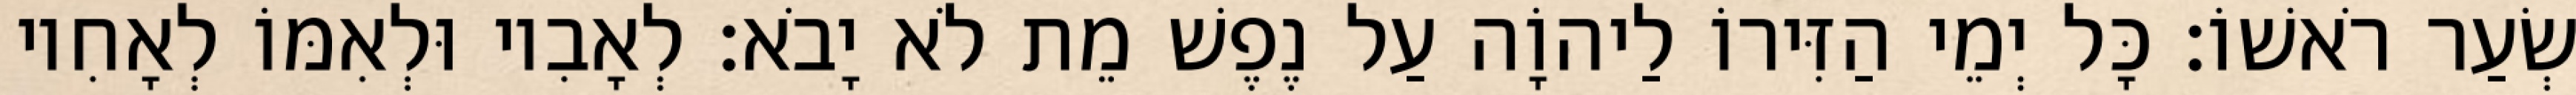
שְׂעַר רֹאשׁוֹ׃ כָּל יְמֵי הַזִּירוֹ לַיהוָֹה עַל נֶפֶשׁ מֵת לֹא יָבֹא׃ לְאָבִיו וּלְאִמּוֹ לְאָחִיו